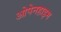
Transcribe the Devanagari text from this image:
ओपेनहाइम